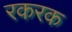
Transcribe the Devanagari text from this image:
रकरक